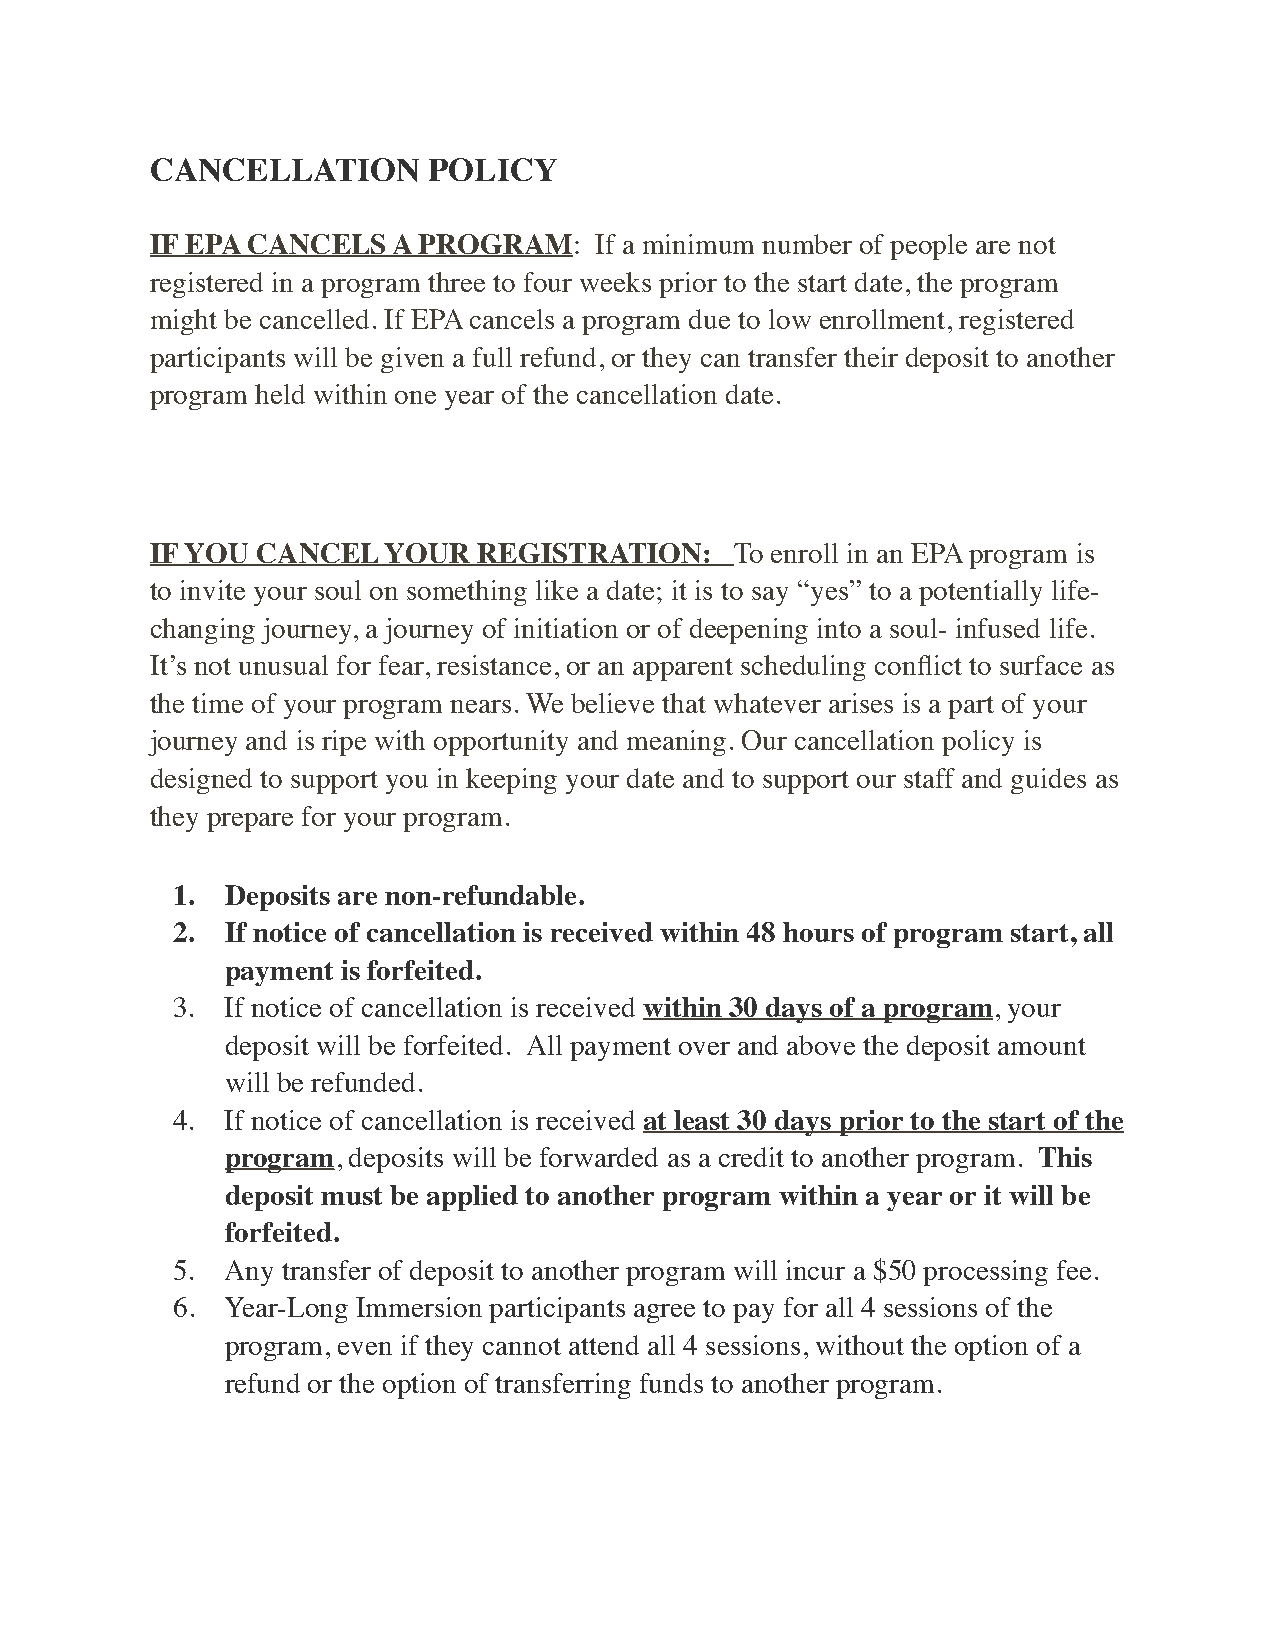
CANCELLATION      POLICY
 IF EPA CANCELS  A PROGRAM:   If a minimum number of people are not
 registered in a program three to four weeks prior to the start date, the program
 might be cancelled. If EPA cancels a program due to low enrollment, registered
 participants will be given a full refund, or they can transfer their deposit to another
 program held within one year of the cancellation date.
 IF YOU CANCEL  YOUR   REGISTRATION:    To enroll in an EPA program is
 to invite your soul on something like a date; it is to say “yes” to a potentially life-
 changing journey, a journey of initiation or of deepening into a soul- infused life.
 It’s not unusual for fear, resistance, or an apparent scheduling conflict to surface as
 the time of your program nears. We believe that whatever arises is a part of your
 journey and is ripe with opportunity and meaning. Our cancellation policy is
 designed to support you in keeping your date and to support our staff and guides as
 they prepare for your program.
 1.  Deposits are non-refundable.
 2.  If notice of cancellation is received within 48 hours of program start, all
 payment is forfeited.
 3.  If notice of cancellation is received within 30 days of a program, your
 deposit will be forfeited. All payment over and above the deposit amount
 will be refunded.
 4.  If notice of cancellation is received at least 30 days prior to the start of the
 program, deposits will be forwarded as a credit to another program. This
 deposit must be applied to another program within a year or it will be
 forfeited.
 5.  Any transfer of deposit to another program will incur a $50 processing fee.
 6.  Year-Long Immersion participants agree to pay for all 4 sessions of the
 program, even if they cannot attend all 4 sessions, without the option of a
 refund or the option of transferring funds to another program.